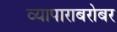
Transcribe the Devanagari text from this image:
व्यापाराबरोबर